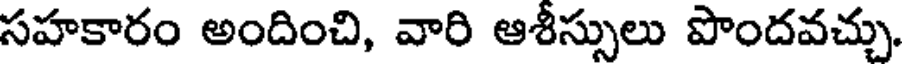
సహకారం అందించి, వారి ఆశీస్సులు పొందవచ్చు.